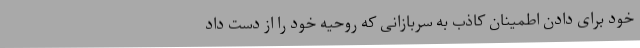
خود برای دادن اطمینان کاذب به سربازانی که روحیه خود را از دست داد